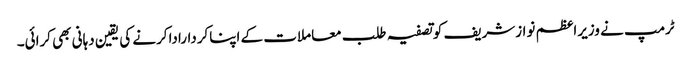
ٹرمپ نے وزیراعظم نوازشریف کوتصفیہ طلب معاملات کے اپناکرداراداکرنے کی یقین دہانی بھی کرائی۔